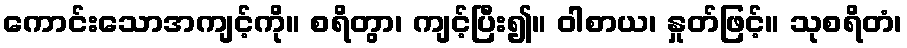
ကောင်းသောအကျင့်ကို။ စရိတွာ၊ ကျင့်ပြီး၍။ ဝါစာယ၊ နှုတ်ဖြင့်။ သုစရိတံ၊